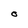
Character: O